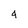
Character: 4